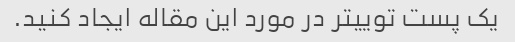
یک پست توییتر در مورد این مقاله ایجاد کنید.